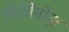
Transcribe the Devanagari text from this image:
मिचिनोकू